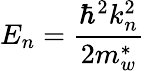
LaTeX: E_{n}={\frac{\hbar^{2}k_{n}^{2}}{2m_{w}^{*}}}